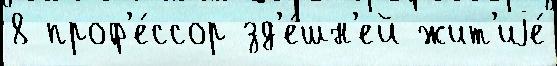
8 проф'е́ссор зд'е́шн'ей жит'иjе́